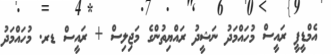
އެމްޑީޕީ ރައީސް މުހައްމަދު ނަޝީދު ރައްޔިތުންގެ މަޖިލިސް + ރައީސް ޑރ. މުހައްމަދު